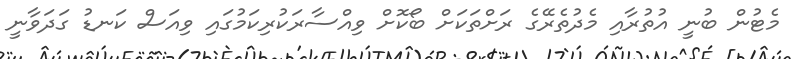
މެޓުން ބުނީ އުތުރާއި މެދުތެރޭގެ ރަށްތަކަށް ބޯކޮށް ވިއްސާރަކުރިކަމުގައި ވިއަސް ކަނޑު ގަދަވާނީ